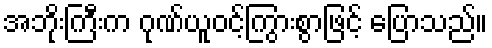
အဘိုးကြီးက ဂုဏ်ယူဝင့်ကြွားစွာဖြင့် ပြောသည်။